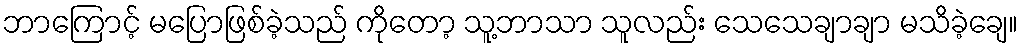
ဘာကြောင့် မပြောဖြစ်ခဲ့သည် ကိုတော့ သူ့ဘာသာ သူလည်း သေသေချာချာ မသိခဲ့ချေ။